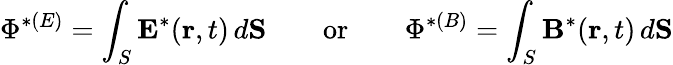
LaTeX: \Phi^{*(E)}=\int_{S}{\mathbf E}^{*}({\mathbf r},t)\, d{\mathbf S}\qquad\mathrm{or}\qquad\Phi^{*(B)}=\int_{S}{\mathbf B}^{*}({\mathbf r},t)\, d{\mathbf S}